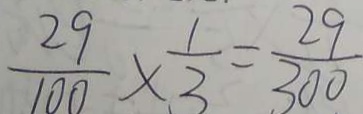
\frac { 2 9 } { 1 0 0 } \times \frac { 1 } { 3 } = \frac { 2 9 } { 3 0 0 }